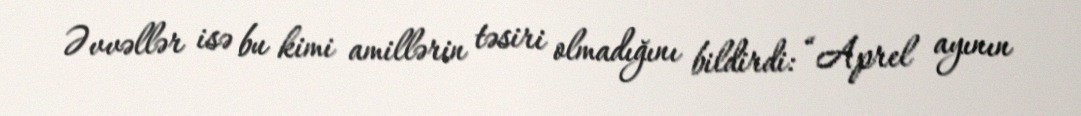
Əvvəllər isə bu kimi amillərin təsiri olmadığını bildirdi: “Aprel ayının